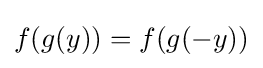
f(g(y))=f(g(-y))